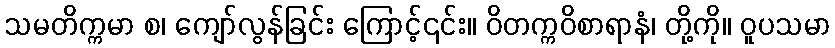
သမတိက္ကမာ စ၊ ကျော်လွန်ခြင်း ကြောင့်၎င်း။ ဝိတက္ကဝိစာရာနံ၊ တို့ကို။ ဝူပသမာ